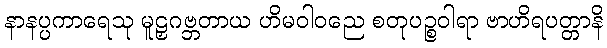
နာနပ္ပကာရေသု မူဠှဂဗ္ဘတာယ ဟိမဝါဝညေ စတုပဉ္စဝါရာ ဗာဟိရပတ္တာနိ